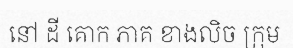
នៅ ដី គោក ភាគ ខាងលិច ក្រុម